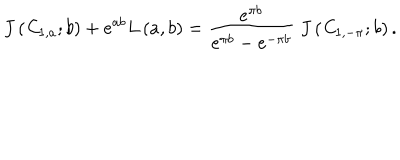
LaTeX: J \left( { \it C } _ { 1 , a } ; b \right) + e ^ { a b } L \left( a , b \right) = \frac { e ^ { \pi b } } { e ^ { \pi b } - e ^ { - \pi b } } \ J \left( { \it C } _ { 1 , - \pi } ; b \right) .